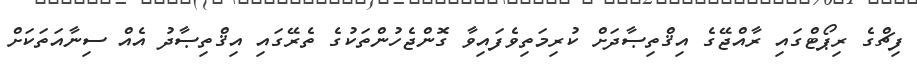
ފިޗްގެ ރިޕޯޓްގައި ރާއްޖޭގެ އިޤްތިޞާދަށް ކުރިމަތިވެފައިވާ ގޮންޖެހުންތަކުގެ ތެރޭގައި އިޤްތިޞާދު އެއް ސިނާއަތަކަށް